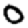
Digit: 0